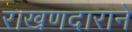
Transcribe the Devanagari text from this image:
राखणदाराने